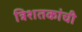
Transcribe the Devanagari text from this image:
त्रिशतकांची